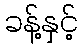
ခန့်နှင့်